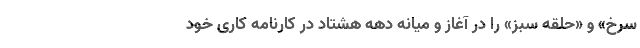
سرخ» و «حلقه سبز» را در آغاز و میانه دهه هشتاد در کارنامه کاری خود